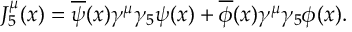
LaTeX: J _ { 5 } ^ { \mu } ( x ) = \overline { { { \psi } } } ( x ) \gamma ^ { \mu } \gamma _ { 5 } \psi ( x ) + \overline { { { \phi } } } ( x ) \gamma ^ { \mu } \gamma _ { 5 } \phi ( x ) .